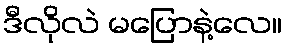
ဒီလိုလဲ မပြောနဲ့လေ။